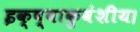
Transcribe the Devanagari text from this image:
इक्ष्वाकुवंशीय।